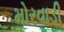
મોરવાડી